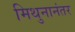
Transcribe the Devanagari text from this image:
मिथुनानंतर